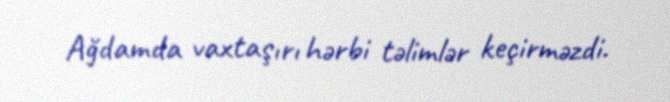
Ağdamda vaxtaşırı hərbi təlimlər keçirməzdi.